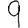
Digit: 9